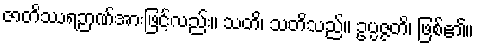
ဇာတိဿရဉာဏ်အားဖြင့်လည်း။ သတိ၊ သတိသည်။ ဥပ္ပဇ္ဇတိ၊ ဖြစ်၏။